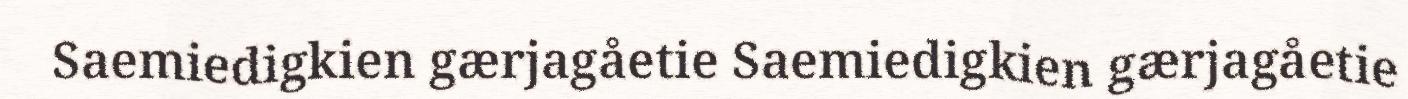
Saemiedigkien gærjagåetie Saemiedigkien gærjagåetie